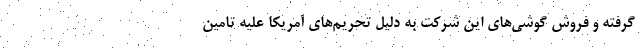
گرفته و فروش گوشی‌های این شرکت به دلیل تحریم‌های آمریکا علیه تامین